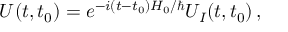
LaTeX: U ( t , t _ { 0 } ) = e ^ { - i ( t - t _ { 0 } ) H _ { 0 } / \hbar } U _ { I } ( t , t _ { 0 } ) \, ,